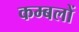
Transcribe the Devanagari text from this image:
कम्बलों